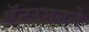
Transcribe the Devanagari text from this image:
बॅनरमनने